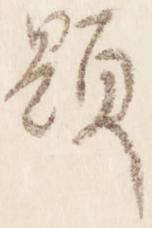
顕